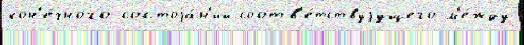
кон'е́чного состоjа́н'ий соотв'е́тствуjущего м'е́жду